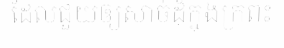
ដែលជួយឲ្យសាច់ដុំក្នុងក្រពះ